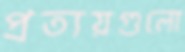
প্রত্যয়গুলো